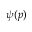
\psi ( \boldsymbol { p } )